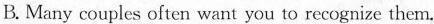
B.Many couples often want you to recognize them.